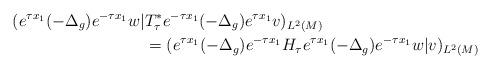
LaTeX: \begin{align*}(e^{\tau x_1}(-\Delta_g)e^{-\tau x_1}w|&T^*_\tau e^{-\tau x_1}(-\Delta_g)e^{\tau x_1}v)_{L^2(M)}\\&=(e^{\tau x_1}(-\Delta_g)e^{-\tau x_1}H_\tau e^{\tau x_1}(-\Delta_g)e^{-\tau x_1}w|v)_{L^2(M)}\end{align*}